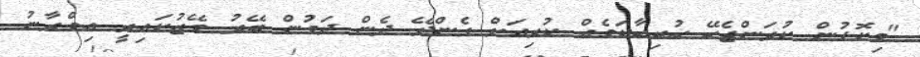
"މިކޮޅުން ކުރަންޖެހޭ ހުރިހާކަމެއް ކުރިއަށް ގެންދޭ ދެން ދަމުން ބޭރު މޭޒުކައިރީ އިމްރާނު